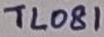
Text: TL081